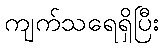
ကျက်သရေရှိပြီး